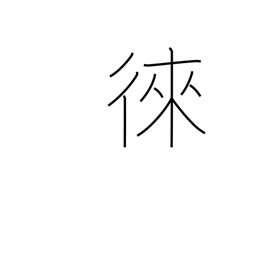
Meaning: encourage to come